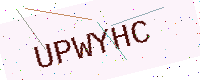
Text: UPWYHC